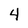
Character: 4